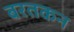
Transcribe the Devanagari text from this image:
बरतकन